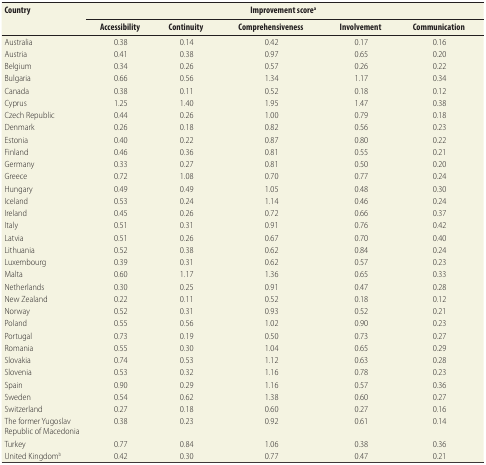
<table><thead><tr><td rowspan="2"><b>Country</b></td><td colspan="5"><b>Improvement score<sup>a</sup></b></td></tr><tr><td><b>Accessibility</b></td><td><b>Continuity</b></td><td><b>Comprehensiveness</b></td><td><b>Involvement</b></td><td><b>Communication</b></td></tr></thead><tbody><tr><td>Australia</td><td>0.38</td><td>0.14</td><td>0.42</td><td>0.17</td><td>0.16</td></tr><tr><td>Austria</td><td>0.41</td><td>0.38</td><td>0.97</td><td>0.65</td><td>0.20</td></tr><tr><td>Belgium</td><td>0.34</td><td>0.26</td><td>0.57</td><td>0.26</td><td>0.22</td></tr><tr><td>Bulgaria</td><td>0.66</td><td>0.56</td><td>1.34</td><td>1.17</td><td>0.34</td></tr><tr><td>Canada</td><td>0.38</td><td>0.11</td><td>0.52</td><td>0.18</td><td>0.12</td></tr><tr><td>Cyprus</td><td>1.25</td><td>1.40</td><td>1.95</td><td>1.47</td><td>0.38</td></tr><tr><td>Czech Republic</td><td>0.44</td><td>0.26</td><td>1.00</td><td>0.79</td><td>0.18</td></tr><tr><td>Denmark</td><td>0.26</td><td>0.18</td><td>0.82</td><td>0.56</td><td>0.23</td></tr><tr><td>Estonia</td><td>0.40</td><td>0.22</td><td>0.87</td><td>0.80</td><td>0.22</td></tr><tr><td>Finland</td><td>0.46</td><td>0.36</td><td>0.81</td><td>0.55</td><td>0.21</td></tr><tr><td>Germany</td><td>0.33</td><td>0.27</td><td>0.81</td><td>0.50</td><td>0.20</td></tr><tr><td>Greece</td><td>0.72</td><td>1.08</td><td>0.70</td><td>0.77</td><td>0.24</td></tr><tr><td>Hungary</td><td>0.49</td><td>0.49</td><td>1.05</td><td>0.48</td><td>0.30</td></tr><tr><td>Iceland</td><td>0.53</td><td>0.24</td><td>1.14</td><td>0.46</td><td>0.24</td></tr><tr><td>Ireland</td><td>0.45</td><td>0.26</td><td>0.72</td><td>0.66</td><td>0.37</td></tr><tr><td>Italy</td><td>0.51</td><td>0.31</td><td>0.91</td><td>0.76</td><td>0.42</td></tr><tr><td>Latvia</td><td>0.51</td><td>0.26</td><td>0.67</td><td>0.70</td><td>0.40</td></tr><tr><td>Lithuania</td><td>0.52</td><td>0.38</td><td>0.62</td><td>0.84</td><td>0.24</td></tr><tr><td>Luxembourg</td><td>0.39</td><td>0.31</td><td>0.62</td><td>0.57</td><td>0.23</td></tr><tr><td>Malta</td><td>0.60</td><td>1.17</td><td>1.36</td><td>0.65</td><td>0.33</td></tr><tr><td>Netherlands </td><td>0.30</td><td>0.25</td><td>0.91</td><td>0.47</td><td>0.28</td></tr><tr><td>New Zealand</td><td>0.22</td><td>0.11</td><td>0.52</td><td>0.18</td><td>0.12</td></tr><tr><td>Norway</td><td>0.52</td><td>0.31</td><td>0.93</td><td>0.52</td><td>0.21</td></tr><tr><td>Poland</td><td>0.55</td><td>0.56</td><td>1.02</td><td>0.90</td><td>0.23</td></tr><tr><td>Portugal</td><td>0.73</td><td>0.19</td><td>0.50</td><td>0.73</td><td>0.27</td></tr><tr><td>Romania</td><td>0.55</td><td>0.30</td><td>1.04</td><td>0.65</td><td>0.29</td></tr><tr><td>Slovakia</td><td>0.74</td><td>0.53</td><td>1.12</td><td>0.63</td><td>0.28</td></tr><tr><td>Slovenia</td><td>0.53</td><td>0.32</td><td>1.16</td><td>0.78</td><td>0.23</td></tr><tr><td>Spain</td><td>0.90</td><td>0.29</td><td>1.16</td><td>0.57</td><td>0.36</td></tr><tr><td>Sweden</td><td>0.54</td><td>0.62</td><td>1.38</td><td>0.60</td><td>0.27</td></tr><tr><td>Switzerland</td><td>0.27</td><td>0.18</td><td>0.60</td><td>0.27</td><td>0.16</td></tr><tr><td>The former Yugoslav Republic of Macedonia</td><td>0.38</td><td>0.23</td><td>0.92</td><td>0.61</td><td>0.14</td></tr><tr><td>Turkey</td><td>0.77</td><td>0.84</td><td>1.06</td><td>0.38</td><td>0.36</td></tr><tr><td>United Kingdom<sup>b</sup></td><td>0.42</td><td>0.30</td><td>0.77</td><td>0.47</td><td>0.21</td></tr></tbody></table>